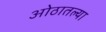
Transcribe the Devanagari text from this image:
ओठातल्या